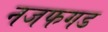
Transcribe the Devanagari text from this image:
नजफगड